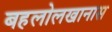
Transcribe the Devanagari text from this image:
बहलोलखानास